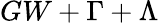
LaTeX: GW+{\Gamma}+{\Lambda}